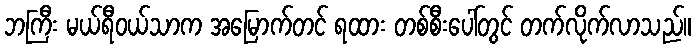
ဘကြီး မယ်ရီဝယ်သာက အမြောက်တင် ရထား တစ်စီးပေါ်တွင် တက်လိုက်လာသည်။